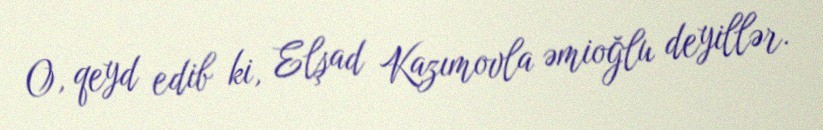
O, qeyd edib ki, Elşad Kazımovla əmioğlu deyillər.